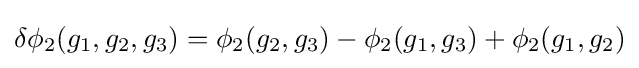
\delta \phi _{2}(g_{1},g_{2},g_{3})=\phi _{2}(g_{2},g_{3})-\phi _{2}(g_{1},g_{3})+\phi _{2}(g_{1},g_{2})